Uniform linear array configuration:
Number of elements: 24
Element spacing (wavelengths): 0.75
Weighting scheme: cosine
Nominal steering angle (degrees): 45
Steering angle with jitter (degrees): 43.77
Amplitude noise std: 0.05
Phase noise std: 0.05

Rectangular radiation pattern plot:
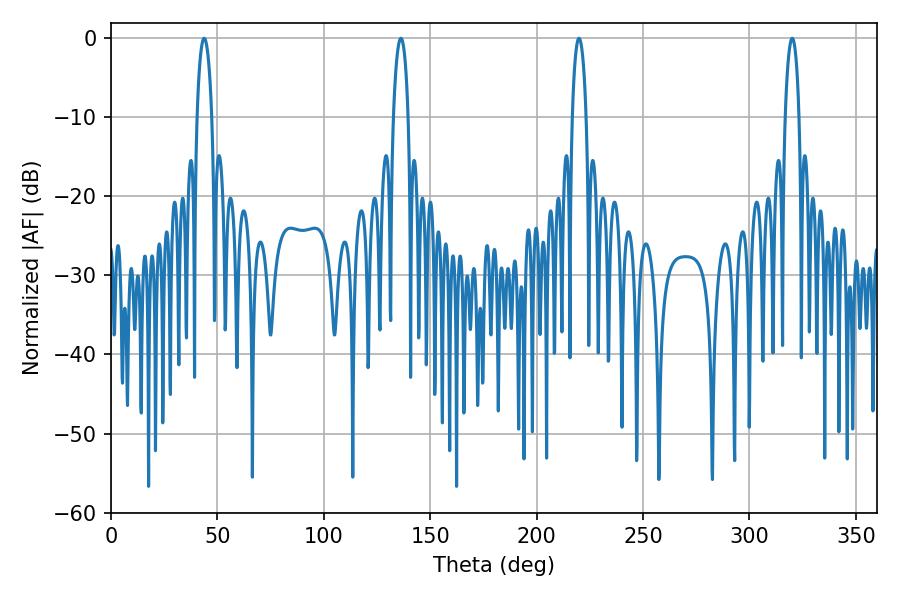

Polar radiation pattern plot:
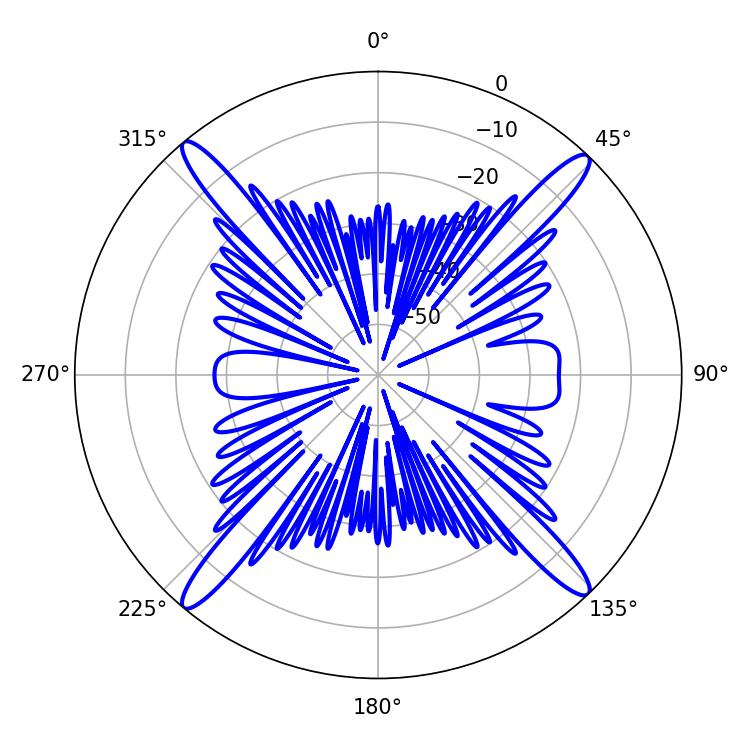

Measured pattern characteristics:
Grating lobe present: TRUE
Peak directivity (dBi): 21.444
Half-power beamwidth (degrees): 3.78
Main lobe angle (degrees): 43.74